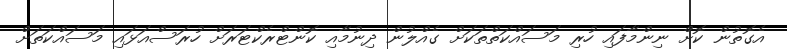
އެގޮތުން ކޮށް ނިންމާފައި ހުރި މަސައްކަތްތަކަށް ގެއްލުން ދިނުމާއި ކޮންޓްރެކްޓަރަށް ހުރަސްއަޅައި މަސައްކަަތަށް